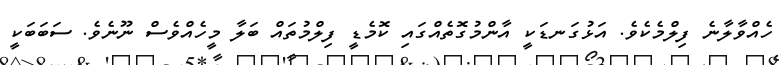
ހެއްވާލާނެ ފިލްމެކެވެ. އަޅުގަނޑަކީ އާންމުގޮތެއްގައި ކޮމެޑީ ފިލްމުތައް ބަލާ މީހެއްވެސް ނޫނެވެ. ސަބަބަކީ